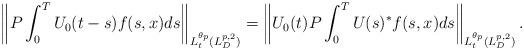
LaTeX: \begin{align*}\left\|P\int_0^T U_0(t-s)f(s,x)ds\right\|_{L_t^{\theta_p}(L^{p,2}_{D})}=\left\|U_0(t)P\int_0^T U(s)^*f(s,x)ds\right\|_{L_t^{\theta_p}(L^{p,2}_{D})}.\end{align*}